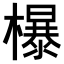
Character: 𣞺